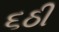
૬ઠી